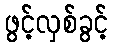
ဖွင့်လှစ်ခွင့်